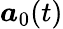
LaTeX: \boldsymbol{a}_{0}(t)